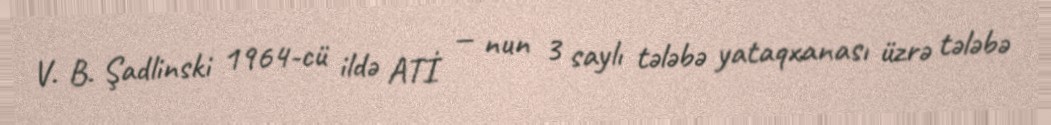
V. B. Şadlinski 1964-cü ildə ATİ — nun 3 saylı tələbə yataqxanası üzrə tələbə